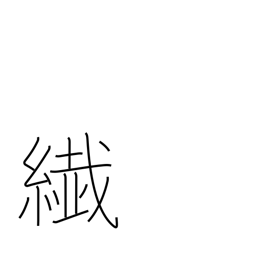
Meaning: thin kimono